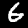
Digit: 6